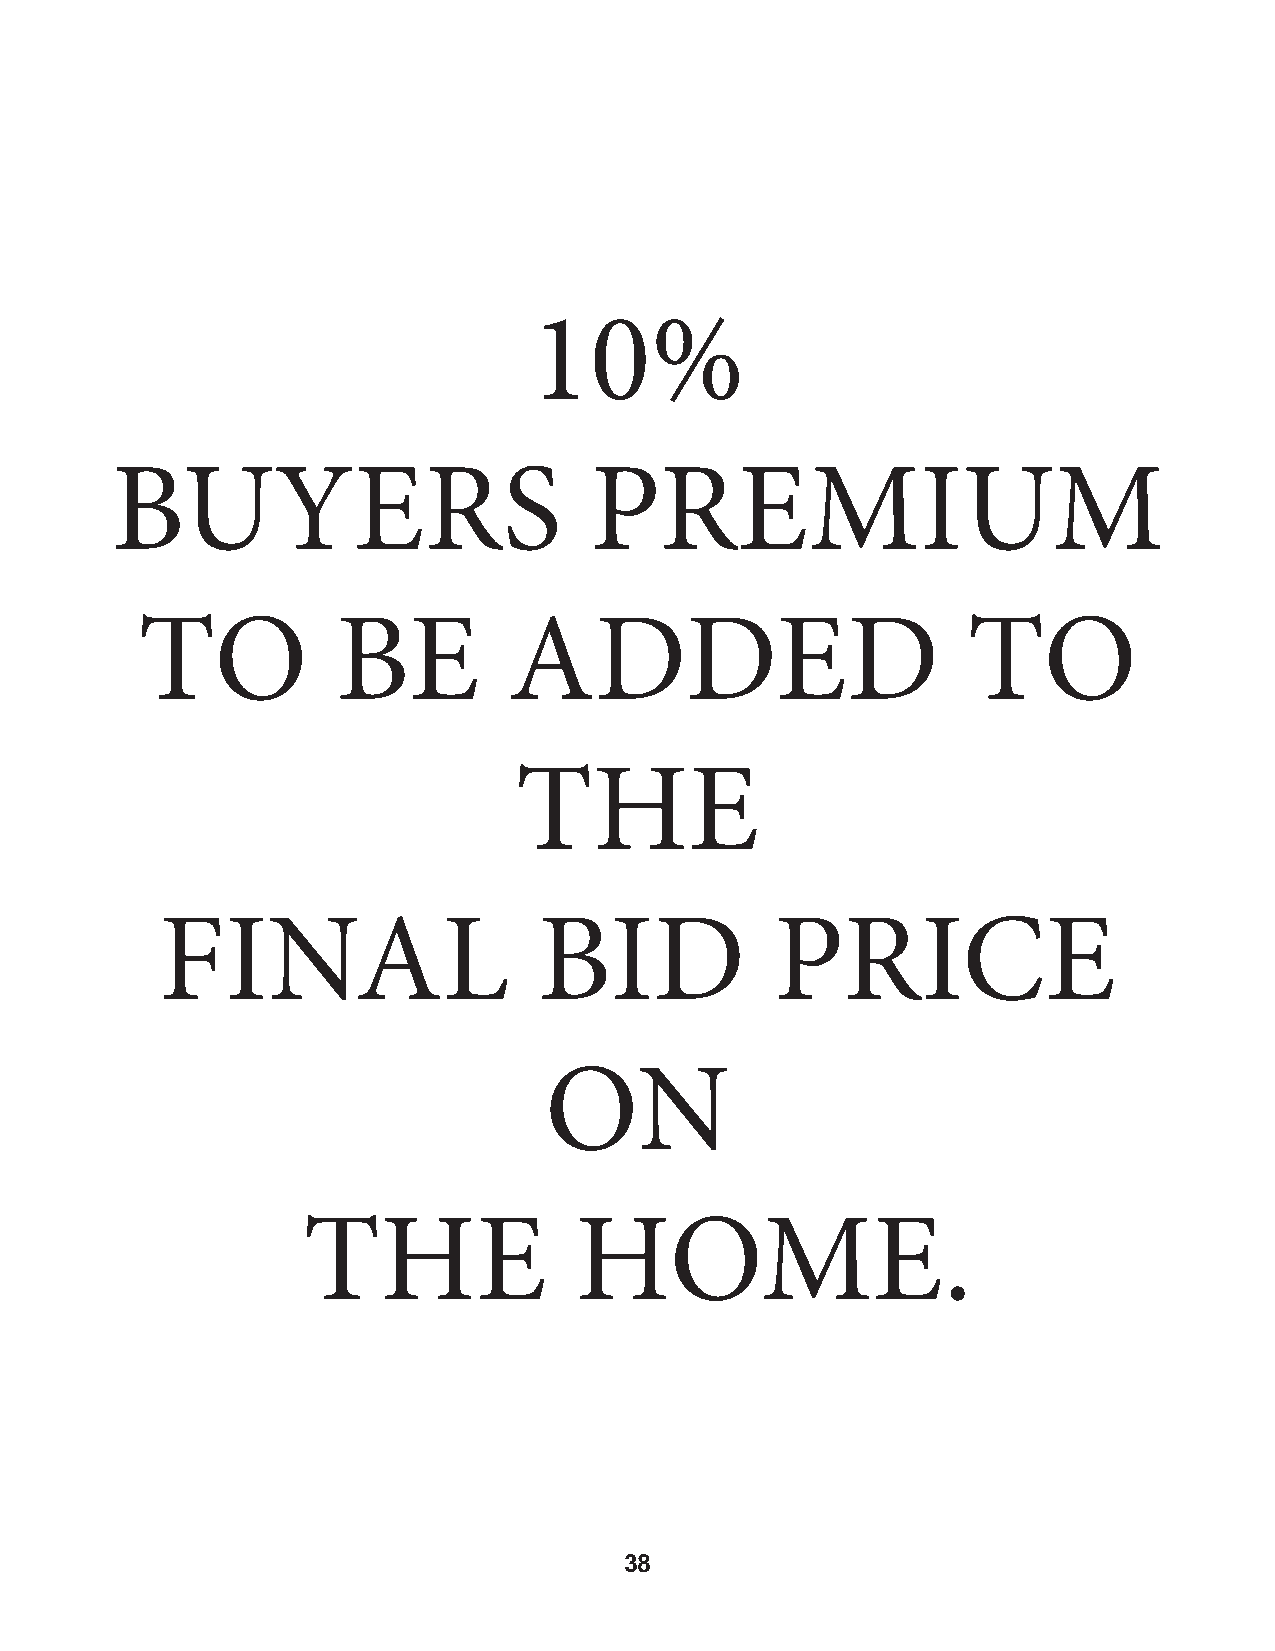
10%
 BUYERS                          PREMIUM
 TO           BE          ADDED                         TO
 THE
 FINAL                    BID            PRICE
 ON
 THE               HOME.
 38